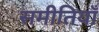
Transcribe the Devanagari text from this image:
समीतियाँ